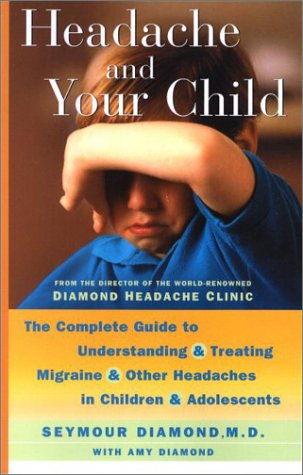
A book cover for Headache and Your Child: The Complete Guide to Understanding and Treating Migraine and Other Headaches in Children and Adolescents; Seymour Diamond; Health, Fitness & Dieting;